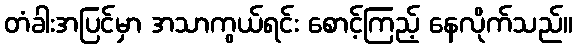
တံခါးအပြင်မှာ အသာကွယ်ရင်း စောင့်ကြည့် နေလိုက်သည်။